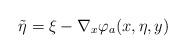
LaTeX: \begin{align*}\tilde \eta=\xi-\nabla_x\varphi_a(x,\eta,y)\end{align*}